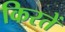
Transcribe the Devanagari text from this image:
किरतें